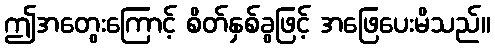
ဤအတွေးကြောင့် စိတ်နှစ်ခွဖြင့် အဖြေပေးမိသည်။